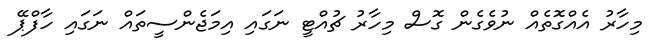
މިހާރު އެއްގޮތެއް ނުވެގެން ގޮސް މިހާރު ޗުއްޓީ ނަގައި އިމަޖެންސީތައް ނަގައި ހާފްޕޭ